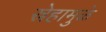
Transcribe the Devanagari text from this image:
स्नेहामुळे